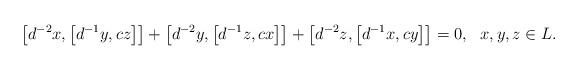
LaTeX: \begin{gather*}\big[ d^{-2}x,\big[ d^{-1}y,cz\big] \big] +\big[ d^{-2}y,\big[d^{-1}z,cx\big] \big] +\big[ d^{-2}z,\big[ d^{-1}x,cy\big] \big]=0, \ \ x,y,z\in L.\end{gather*}